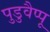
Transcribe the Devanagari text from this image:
पुडुवैप्पू